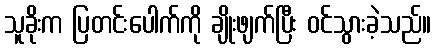
သူခိုးက ပြတင်းပေါက်ကို ချိုးဖျက်ပြီး ဝင်သွားခဲ့သည်။